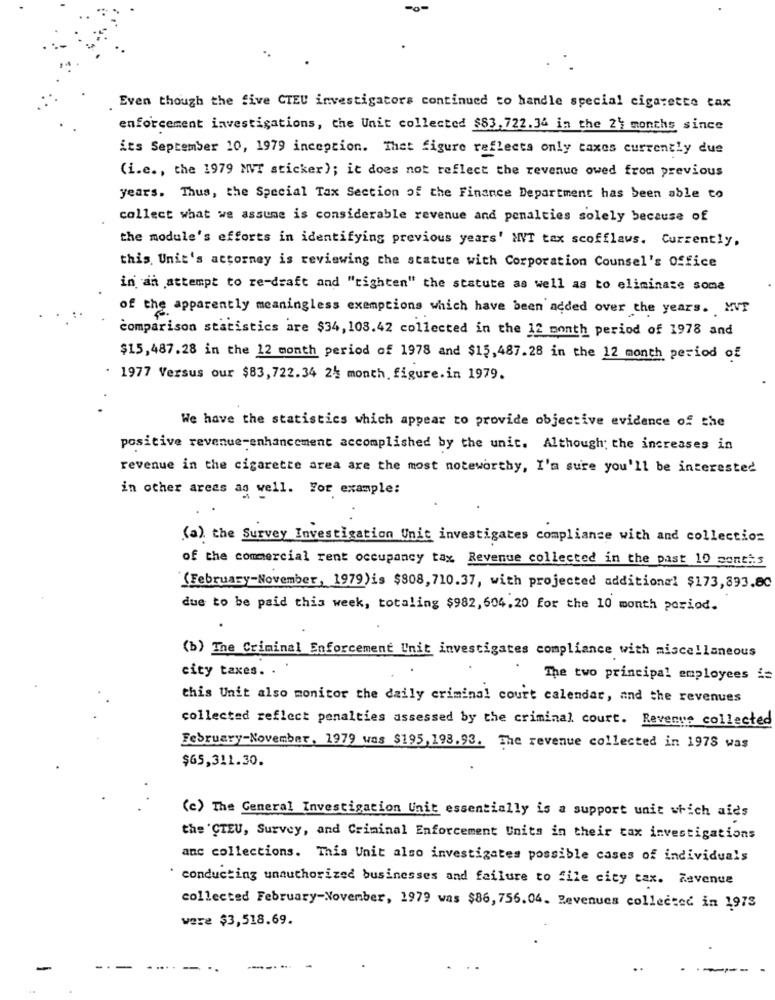
-0-
Even though the five CTEU investigators continued to handle special cigarette tax
enforcement investigations, the Unit collected $83,722.34 in the 24 months since
its September 10, 1979 inception. That figure reflects only taxes currently due
(i.e ., the 1979 MVT sticker); it does not reflect the revenue owed from previous
years. Thus, the Special Tax Section of the Finance Department has been able to
collect what we assume is considerable revenue and penalties solely because of
the module's efforts in identifying previous years' MVT tax scofflaus. Currently,
this, Unit's attorney is reviewing the statute with Corporation Counsel's Office
in an attempt to re-draft and "tighten" the statute as well as to eliminate some
of the apparently meaningless exemptions which have been added over the years. MVT
comparison statistics are $34, 108.42 collected in the 12 month period of 1978 and
$15,487.28 in the 12 month period of 1978 and $15,487.28 in the 12 month period of
· 1977 Versus our $83,722.34 24 month. figure.in 1979.
We have the statistics which appear to provide objective evidence of the
positive revenue-enhancement accomplished by the unit. Although; the increases in
revenue in the cigarette area are the most noteworthy, I'm sure you'll be interested
in other areas ag well. For example:
(a) the Survey Investigation Unit investigates compliance with and collection
of the commercial rent occupancy tax Revenue collected in the past 10 months
(February-November, 1979)is $808,710.37, with projected additional $173,893.80
due to be paid this week, totaling $982, 604.20 for the 10 month period.
(b) The Criminal Enforcement Unit investigates compliance with miscellaneous
city taxes.
The two principal employees is
this Unit also monitor the daily criminal court calendar, and the revenues
collected reflect penalties assessed by the criminal court. Revenue collected
February-November, 1979 was $195, 198.93. The revenue collected in 1978 was
$65,311.30.
(c) The General Investigation Unit essentially is a support unit which aids
the 'CTEU, Survey, and Criminal Enforcement Units in their tax investigations
anc collections. This Unit also investigates possible cases of individuals
` conducting unauthorized businesses and failure to file city tax. Zevenue
collected February-November, 1979 was $86, 756.04. Revenues collected in 1973
were $3,518.69.
-
-
. ...